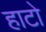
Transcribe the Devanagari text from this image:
हाटो